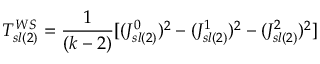
T _ { s l ( 2 ) } ^ { W S } = { \frac { 1 } { ( k - 2 ) } } [ ( J _ { s l ( 2 ) } ^ { 0 } ) ^ { 2 } - ( J _ { s l ( 2 ) } ^ { 1 } ) ^ { 2 } - ( J _ { s l ( 2 ) } ^ { 2 } ) ^ { 2 } ]